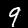
Digit: 9